Language: tamil
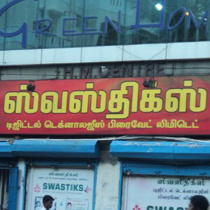
Transcription: பிரைவேட் லிமிடெட் ஸ்லஸ்திக்ஸ் டெக்னாலஜிஸ் டிஜிட்டல்